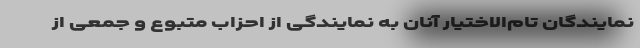
نمایندگان تام‌الاختیار آنان به نمایندگی از احزاب متبوع و جمعی از